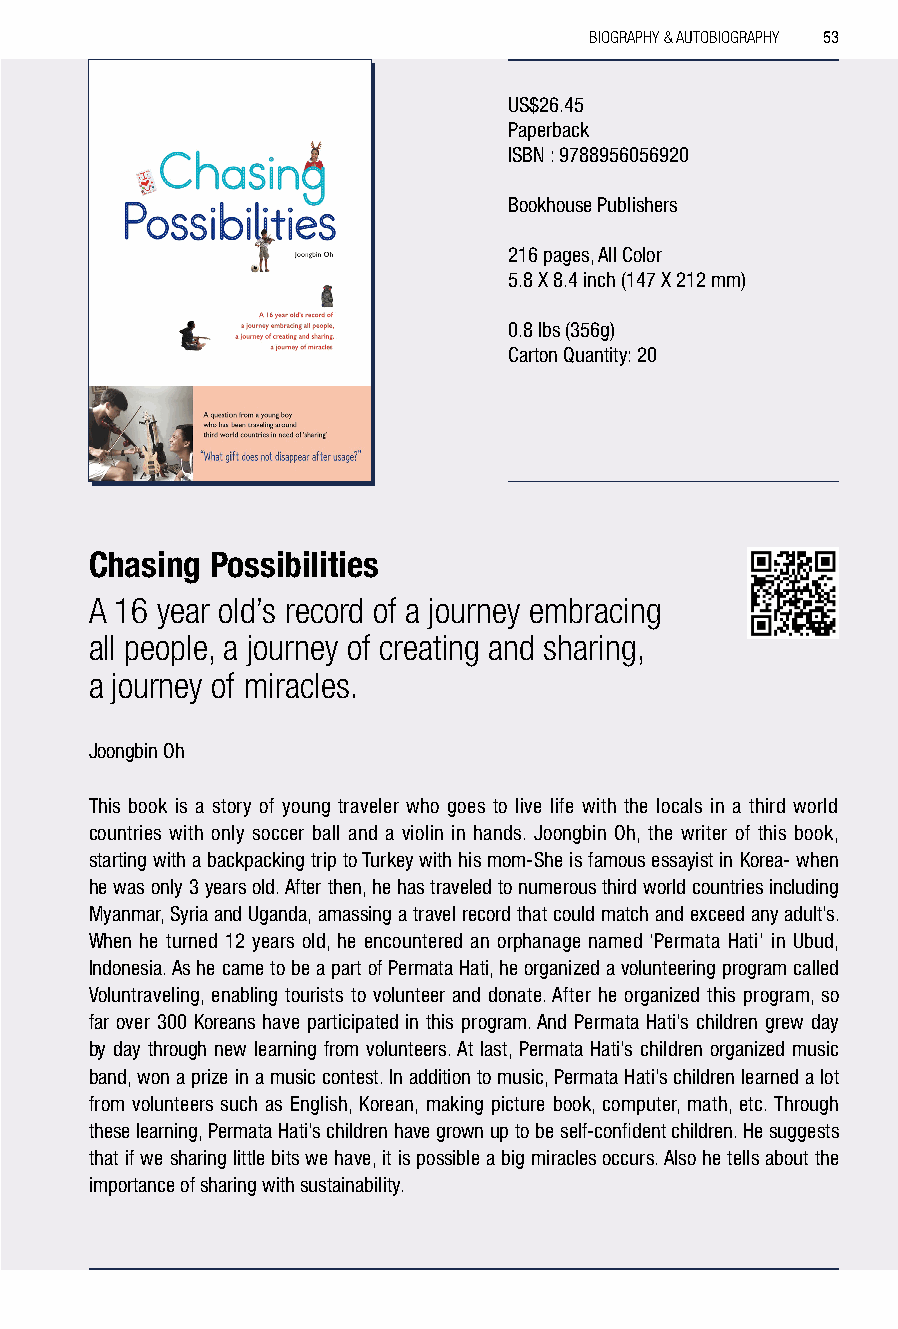
BIOGRAPHY & AUTOBIOGRAPHY 53
 US$26.45
 Paperback
 ISBN : 9788956056920
 Bookhouse Publishers
 216 pages, All Color
 5.8 X 8.4 inch (147 X 212 mm)
 0.8 lbs (356g)
 Carton Quantity: 20
 Chasing Possibilities
 A 16 year old’s record of a journey embracing
 all people, a journey of creating and sharing,
 a journey of miracles.
 Joongbin Oh
 This book is a story of young traveler who goes to live life with the locals in a third world
 countries with only soccer ball and a violin in hands. Joongbin Oh, the writer of this book,
 starting with a backpacking trip to Turkey with his mom-She is famous essayist in Korea- when
 he was only 3 years old. After then, he has traveled to numerous third world countries including
 Myanmar, Syria and Uganda, amassing a travel record that could match and exceed any adult’s.
 When he turned 12 years old, he encountered an orphanage named ‘Permata Hati’ in Ubud,
 Indonesia. As he came to be a part of Permata Hati, he organized a volunteering program called
 Voluntraveling, enabling tourists to volunteer and donate. After he organized this program, so
 far over 300 Koreans have participated in this program. And Permata Hati’s children grew day
 by day through new learning from volunteers. At last, Permata Hati’s children organized music
 band, won a prize in a music contest. In addition to music, Permata Hati’s children learned a lot
 from volunteers such as English, Korean, making picture book, computer, math, etc. Through
 these learning, Permata Hati’s children have grown up to be self-confident children. He suggests
 that if we sharing little bits we have, it is possible a big miracles occurs. Also he tells about the
 importance of sharing with sustainability.